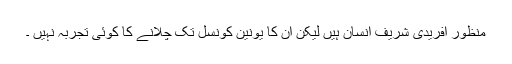
منظور آفریدی شریف انسان ہیں لیکن ان کا یونین کونسل تک چلانے کا کوئی تجربہ نہیں ۔